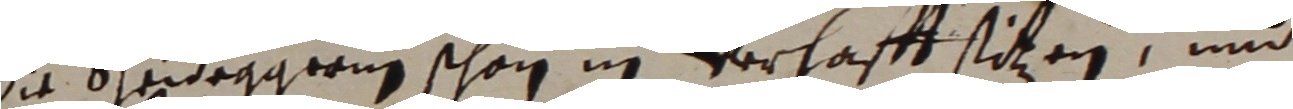
die Schideggerng schon in verhafftstitzen und